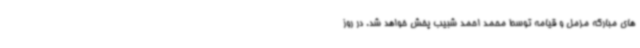
های مبارکه مزمل و قیامه توسط محمد احمد شبیب پخش خواهد شد. در روز